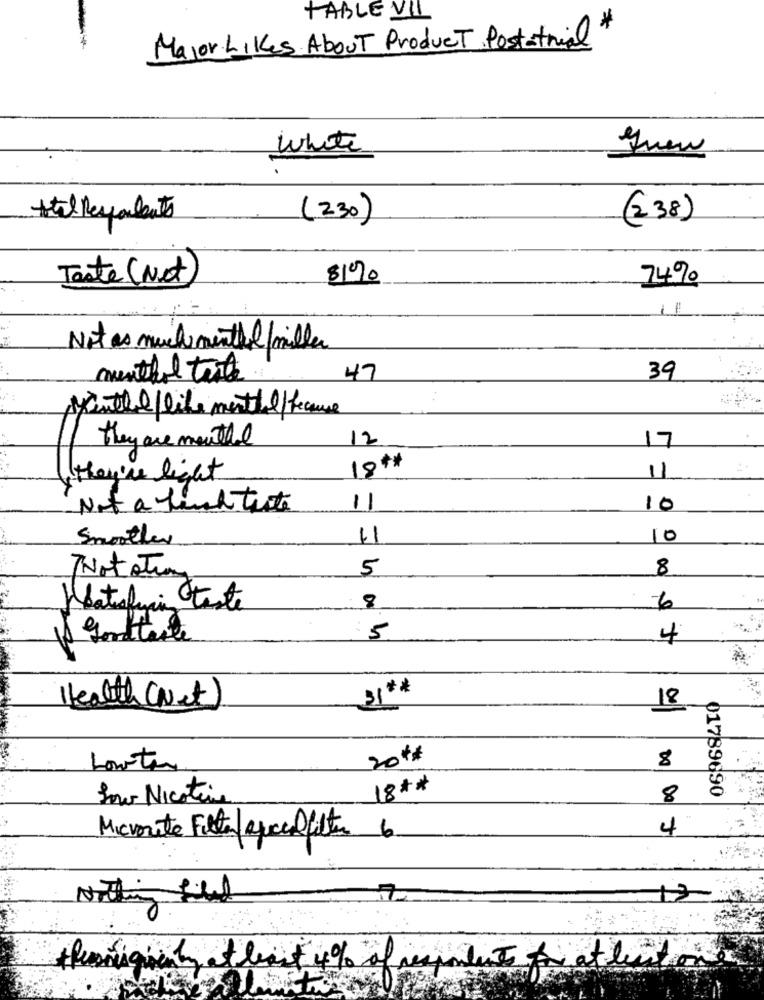
TABLE VII
*
Major Likes About Product Postatrial
white
quen
stil Respondents
(230)
(238)
Taste (Not
$1%
74%
11
Not as much menthal/ miller
menthol toute
47
39
..
Marthe/like menthal/because
they are menthol
12
17
18++
they're light
11
Not a bunch tiste
11
10
Smoother
11
10
5
8
NotoTing
8
Hatsfying teste
6
:5
4
Health (Net)
31 **
18
204
8
Lowten
18 **
01789690
Loro Nicotin
8
4
Microsite Filterlapocafilter 6
theniquely, at least 4% of resundente for at least